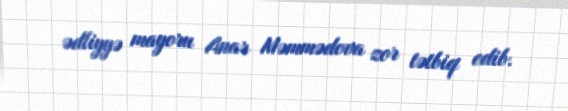
ədliyyə mayoru Anar Məmmədova zor tətbiq edib.